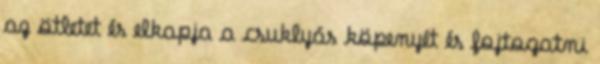
az ötletet és elkapja a csuklyás köpenyét és fojtogatni